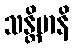
သန္တိမာနိ